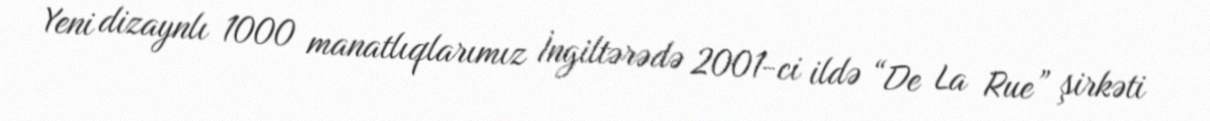
Yeni dizaynlı 1000 manatlıqlarımız İngiltərədə 2001-ci ildə “De La Rue” şirkəti